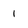
Character: 1